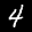
Label: 4